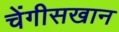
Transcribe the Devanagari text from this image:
चेंगीसखान